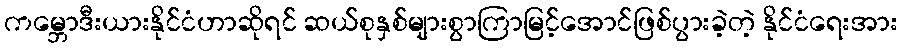
ကမ္ဘောဒီးယားနိုင်ငံဟာဆိုရင် ဆယ်စုနှစ်များစွာကြာမြင့်အောင်ဖြစ်ပွားခဲ့တဲ့ နိုင်ငံရေးအား